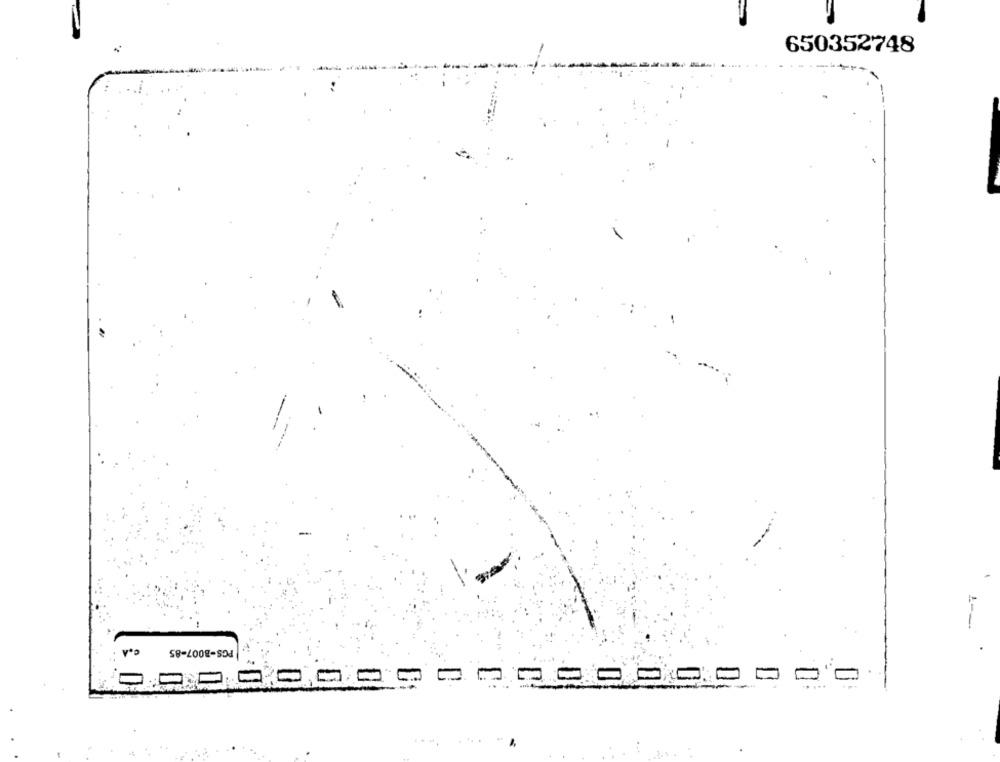
650352748
PGS-8007-85
.--